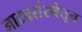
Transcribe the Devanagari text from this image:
नाट्यसंस्थेतून